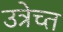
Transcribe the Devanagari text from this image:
उत्रेच्त